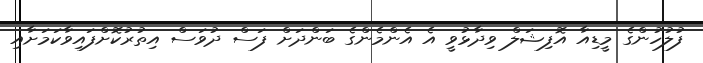
ފުލުހުންގެ މީޑިއާ އޮފިޝަލް ވިދާޅުވީ އެ އެންމެންގެ ބަންދަށް ފަސް ދުވަސް އިތުރުކޮށްފައިވާކަމަށާއި